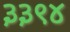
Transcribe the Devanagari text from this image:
३३९४